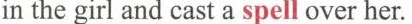
in the girl and cast a spell over her.